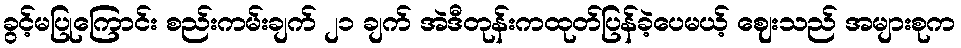
ခွင့်မပြုကြောင်း စည်းကမ်းချက် ၂၁ ချက် အဲဒီတုန်းကထုတ်ပြန်ခဲ့ပေမယ့် ဈေးသည် အများစုက